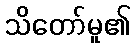
သိတော်မူ၏